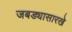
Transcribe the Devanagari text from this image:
जबड्यासारखे